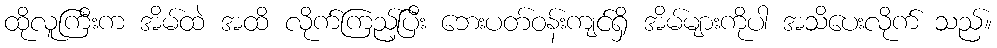
ထိုလူကြီးက အိမ်ထဲ အထိ လိုက်ကြည့်ပြီး ဘေးပတ်ဝန်းကျင်ရှိ အိမ်များကိုပါ အသိပေးလိုက် သည်။